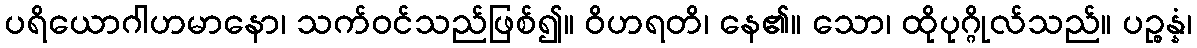
ပရိယောဂါဟမာနော၊ သက်ဝင်သည်ဖြစ်၍။ ဝိဟရတိ၊ နေ၏။ သော၊ ထိုပုဂ္ဂိုလ်သည်။ ပဉ္စန္နံ၊